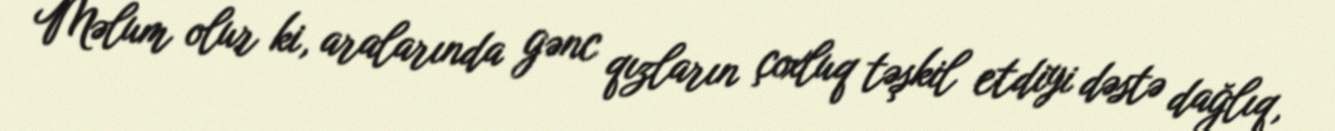
Məlum olur ki, aralarında gənc qızların çoxluq təşkil etdiyi dəstə dağlıq,